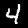
Label: 4